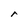
Character: r